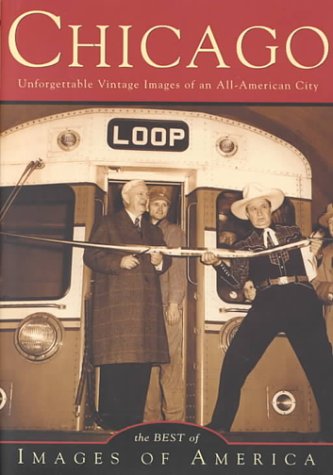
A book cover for The Best of Chicago (IL) (Images of America); Various; Travel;